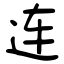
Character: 连